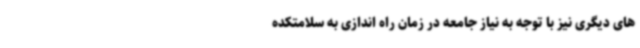
های دیگری نیز با توجه به نیاز جامعه در زمان راه اندازی به سلامتکده